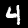
Label: 4